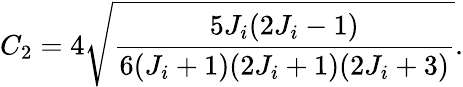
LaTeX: C_{2}=4\sqrt{\frac{5J_{i}(2J_{i}-1)}{6(J_{i}+1)(2J_{i}+1)(2J_{i}+3)}}.